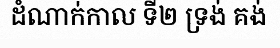
ដំណាក់កាល ទី២ ទ្រង់ គង់